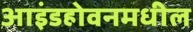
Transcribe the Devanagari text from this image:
आइंडहोवनमधील